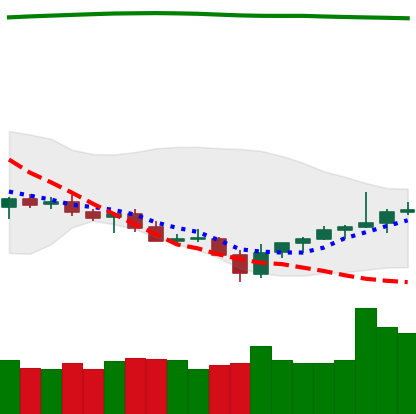
Ticker: TRX-USD
Chart end date: 2021-07-28
Forward return: 6.899%
Label: up_5_7